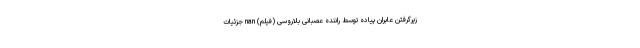
زیرگرفتن عابران پیاده توسط راننده عصبانی بلاروسی (فیلم) nan جزئیات